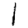
Digit: 1